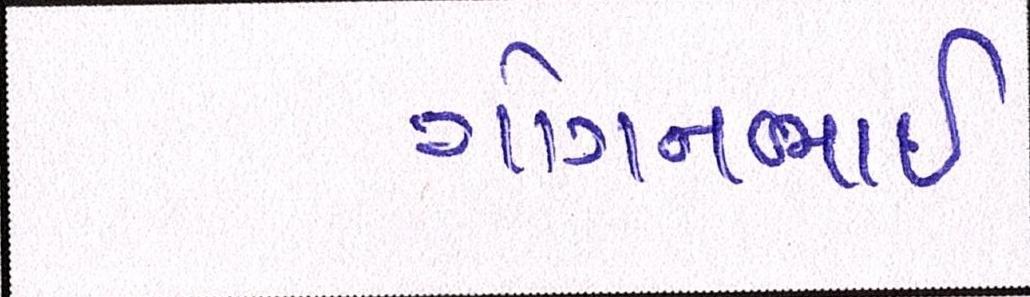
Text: ગોગનભાઇ